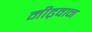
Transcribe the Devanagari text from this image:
मीढ़वान